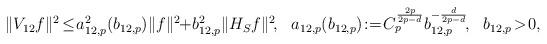
LaTeX: \begin{align*}\|V_{12}f\|^2 \!\leq\! a_{12,p}^{2}(b_{12,p})\|f\|^2\!\!+\!b_{12,p}^2\|H_S f\|^2\!, \ \ a_{12,p}(b_{12,p})\!:=\!C_p^{\frac{2p}{2p-d}}b_{12,p}^{-\frac{d}{2p-d}}\!,\ \ b_{12,p}\!>\!0,\end{align*}